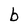
Character: b